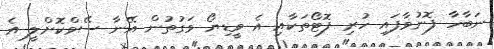
ނަބާހާ ފޮނުވާފައި ހުރި ފޮޓޯތަކާއި އެ ވީޑިޔޯ ވަގުތުން އޭނާ ސޭވްކޮށްލީ އެ